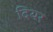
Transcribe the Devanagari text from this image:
दियर